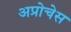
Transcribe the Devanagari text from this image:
अप्रोचेस